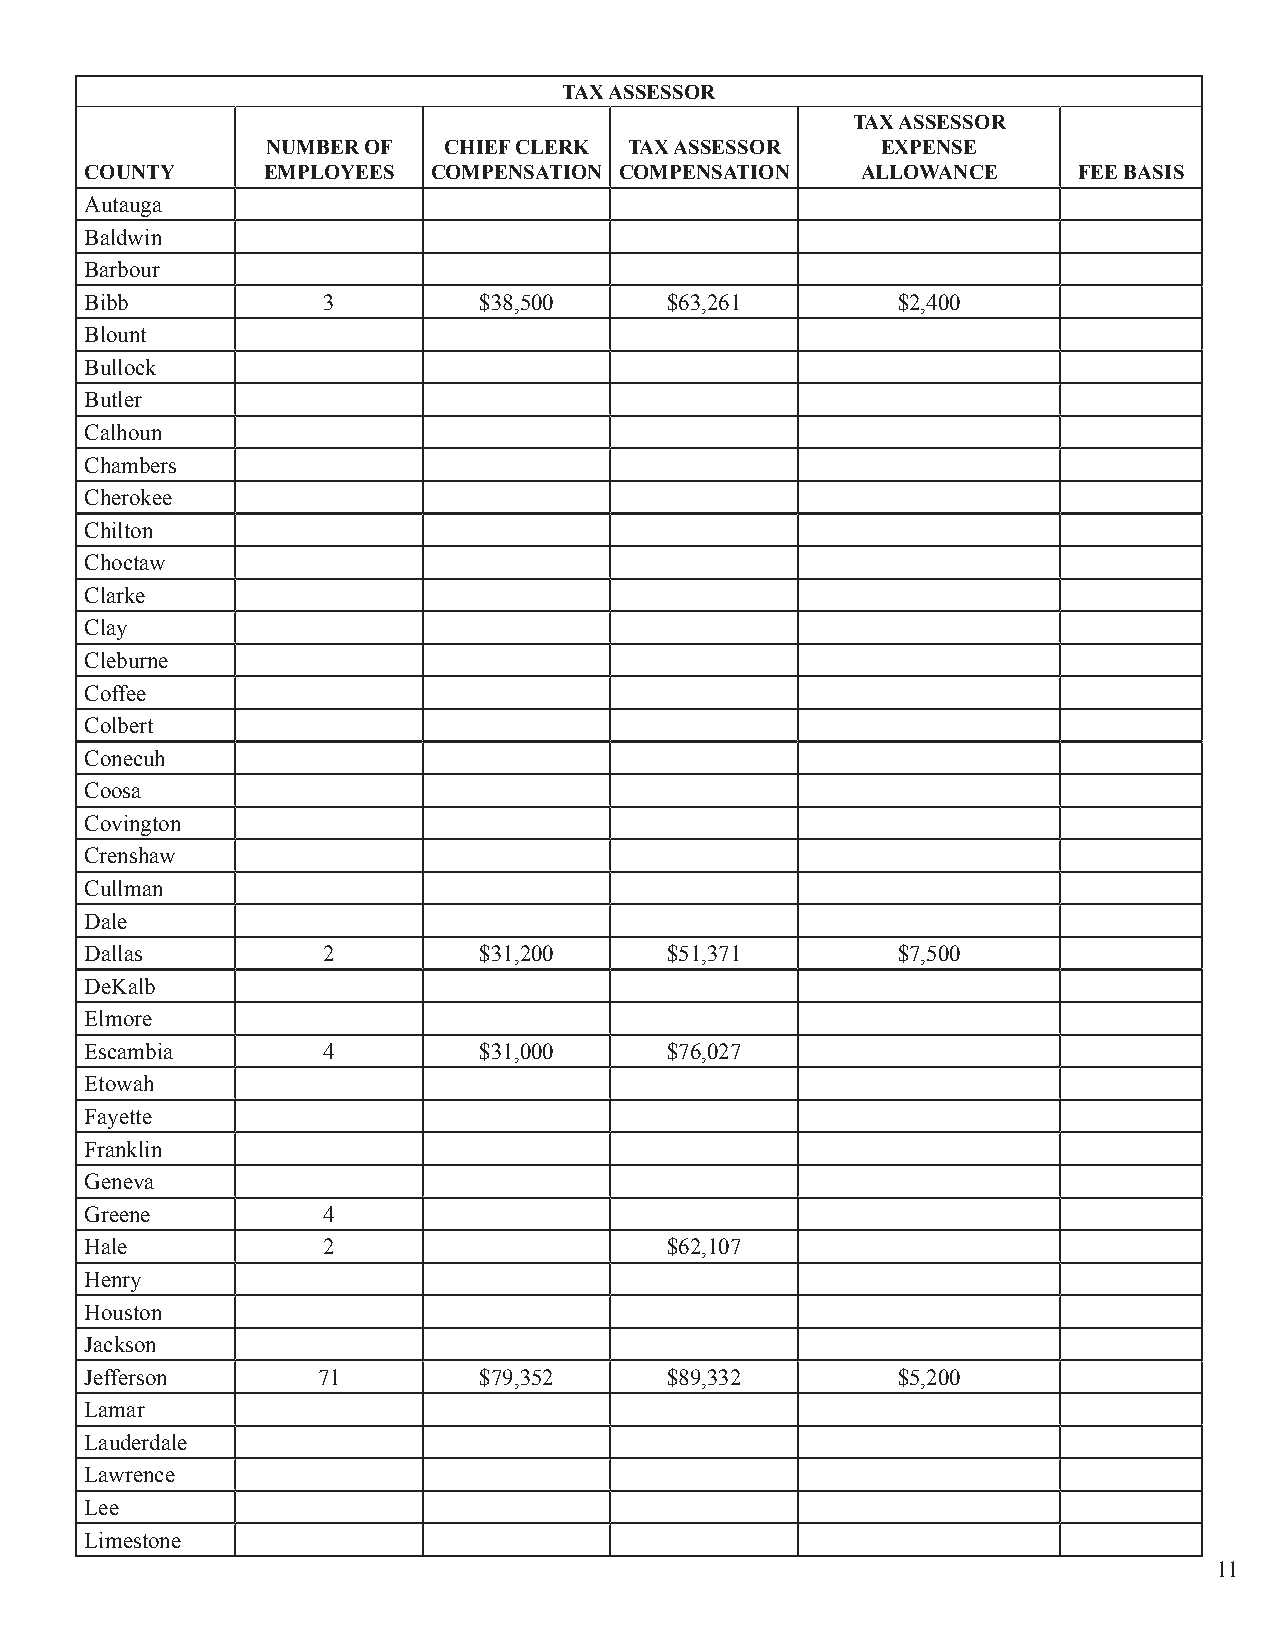
TAX ASSESSOR
 TAX ASSESSOR
 NUMBER OF  CHIEF CLERK  TAX ASSESSOR    EXPENSE
 COUNTY     EMPLOYEES   COMPENSATION COMPENSATION   ALLOWANCE     FEE BASIS
 Autauga
 Baldwin
 Barbour
 Bibb           3          $38,500     $63,261        $2,400
 Blount
 Bullock
 Butler
 Calhoun
 Chambers
 Cherokee
 Chilton
 Choctaw
 Clarke
 Clay
 Cleburne
 Coffee
 Colbert
 Conecuh
 Coosa
 Covington
 Crenshaw
 Cullman
 Dale
 Dallas         2          $31,200     $51,371        $7,500
 DeKalb
 Elmore
 Escambia       4          $31,000     $76,027
 Etowah
 Fayette
 Franklin
 Geneva
 Greene         4
 Hale           2                      $62,107
 Henry
 Houston
 Jackson
 Jefferson      71         $79,352     $89,332        $5,200
 Lamar
 Lauderdale
 Lawrence
 Lee
 Limestone
 11